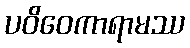
ပဝိဝေကာရာမဿ